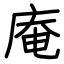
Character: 庵